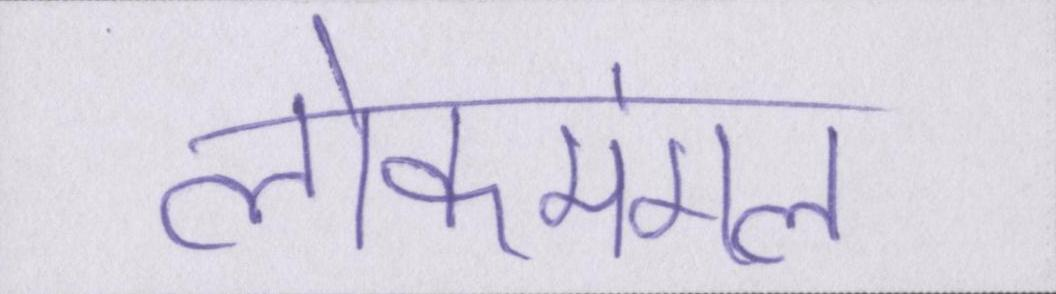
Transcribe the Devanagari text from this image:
लोकमंगल